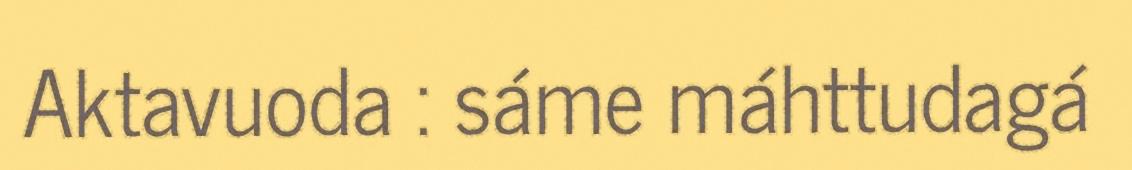
Aktavuoda : sáme máhttudagá